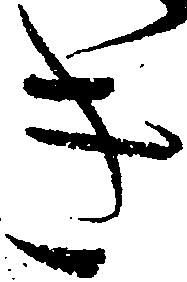
き